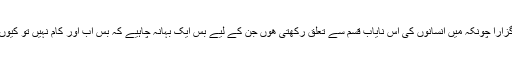
سفر زیادہ تر سو کے ہی گزارا چونکہ میں انسانوں کی اس نایاب قسم سے تعلق رکھتی ھوں جن کے لیے بس ایک بہانہ چاہیے کہ بس اب اور کام نہیں تو کیوں نا نیند پوری کرلی جائے۔